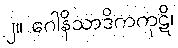
၂။ ဂေါနိသာဒိကကုဋိ၊